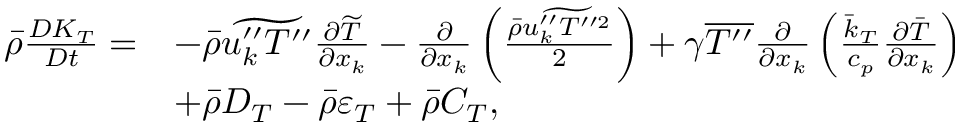
\begin{array} { r l } { \bar { \rho } \frac { D K _ { T } } { D t } = } & { - \bar { \rho } \widetilde { u _ { k } ^ { \prime \prime } T ^ { \prime \prime } } \frac { \partial \widetilde { T } } { \partial x _ { k } } - \frac { \partial } { \partial x _ { k } } \left( \frac { \bar { \rho } \widetilde { u _ { k } ^ { \prime \prime } T ^ { \prime \prime 2 } } } { 2 } \right) + \gamma \overline { { T ^ { \prime \prime } } } \frac { \partial } { \partial x _ { k } } \left( \frac { \bar { k } _ { T } } { c _ { p } } \frac { \partial \bar { T } } { \partial x _ { k } } \right) } \\ & { + \bar { \rho } D _ { T } - \bar { \rho } \varepsilon _ { T } + \bar { \rho } C _ { T } , } \end{array}